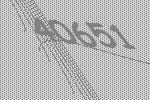
40651